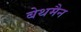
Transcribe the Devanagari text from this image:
बेथमैन